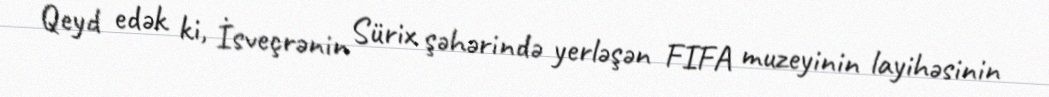
Qeyd edək ki, İsveçrənin Sürix şəhərində yerləşən FIFA muzeyinin layihəsinin